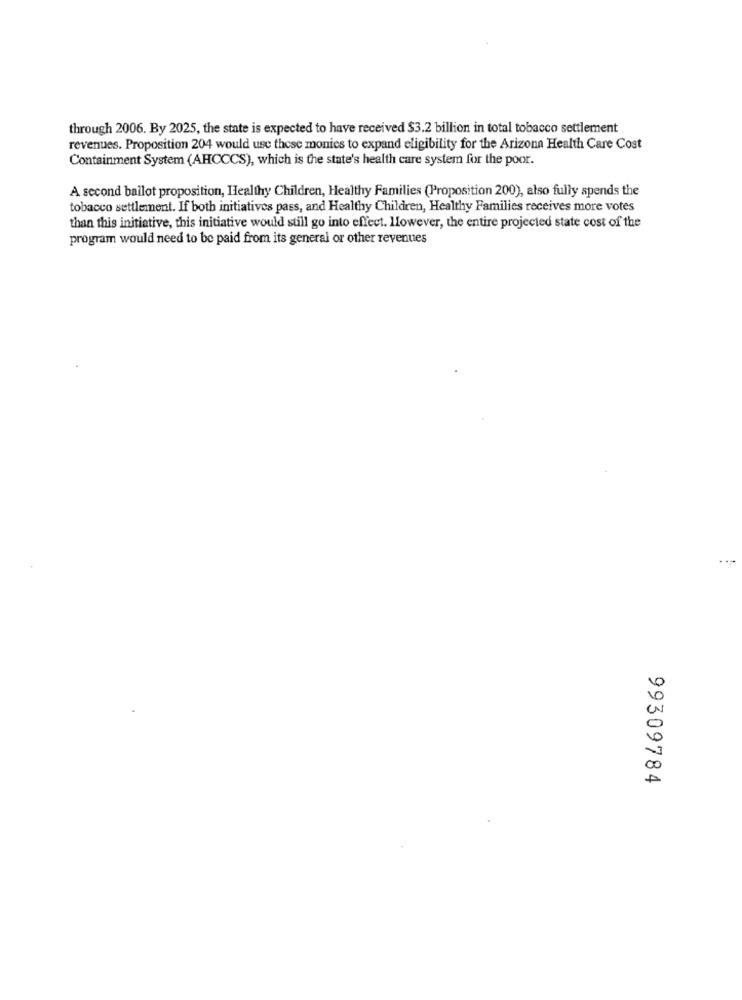
through 2006. By 2025, the state is expected to have received $3.2 billion in total tobacco settlement
revenues. Proposition 204 would use these monies to expand eligibility for the Arizona Health Care Cost
Containment System (AHCCCS), which is the state's health care system for the poor.
A second ballot proposition, Healthy Children, Healthy Families (Proposition 200), also fully spends the
tobacco settlement. If both initiatives pass, and Healthy Children, Healthy Families receives more votes
than this initiative, this initiative would still go into effect. However, the entire projected state cost of the
program would need to be paid from its general or other revenues
0
00
A
99309784